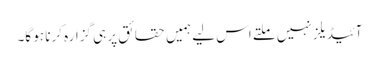
آئیڈیلز نہیں ملتے اس لیے ہمیں حقائق پر ہی گزارہ کرنا ہو گا۔